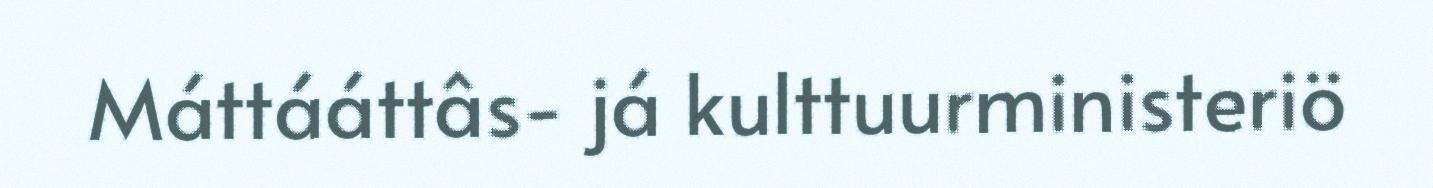
Máttááttâs- já kulttuurministeriö